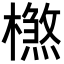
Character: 𣛶